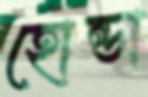
হোন্ডা